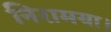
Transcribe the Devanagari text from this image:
निरामया।